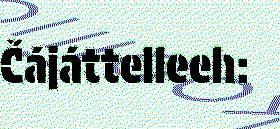
Čájáttelleeh: